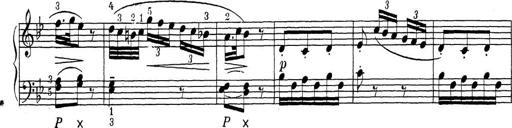
Title: ÄŒeskÃ© Sonatiny
Composer: Various